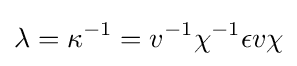
\lambda =\kappa ^{-1}=v^{-1}\chi ^{-1}\epsilon v\chi